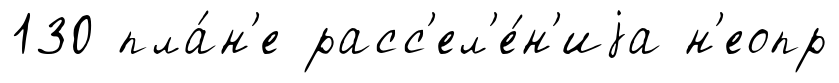
130 пла́н'е расс'ел'е́н'иjа н'еопр